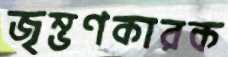
জৃম্ভণকারক